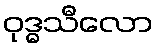
ဝုဒ္ဓသီလော